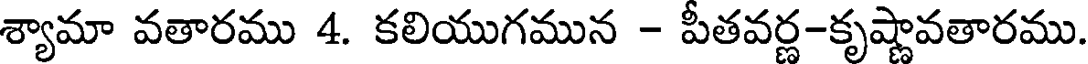
శ్యామా వతారము 4. కలియుగమున - పీతవర్ణ-కృష్ణావతారము.